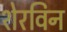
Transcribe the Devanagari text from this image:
शेरविन